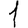
Digit: 1